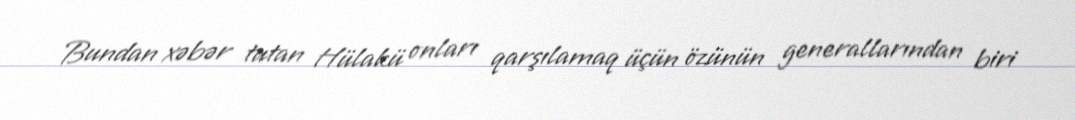
Bundan xəbər tutan Hülakü onları qarşılamaq üçün özünün generallarından biri